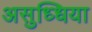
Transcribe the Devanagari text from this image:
असुध्धिया